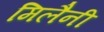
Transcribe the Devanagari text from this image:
मिलैनी